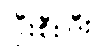
ပြီးစီးပြီး